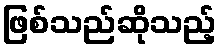
ဖြစ်သည်ဆိုသည့်